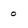
Character: 0